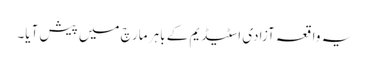
یہ واقعہ آزادی اسٹیڈیم کے باہر مارچ میں پیش آیا۔